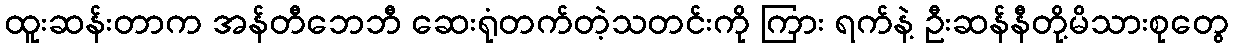
ထူးဆန်းတာက အန်တီဘေဘီ ဆေးရုံတက်တဲ့သတင်းကို ကြား ရက်နဲ့ ဦးဆန်နီတို့မိသားစုတွေ